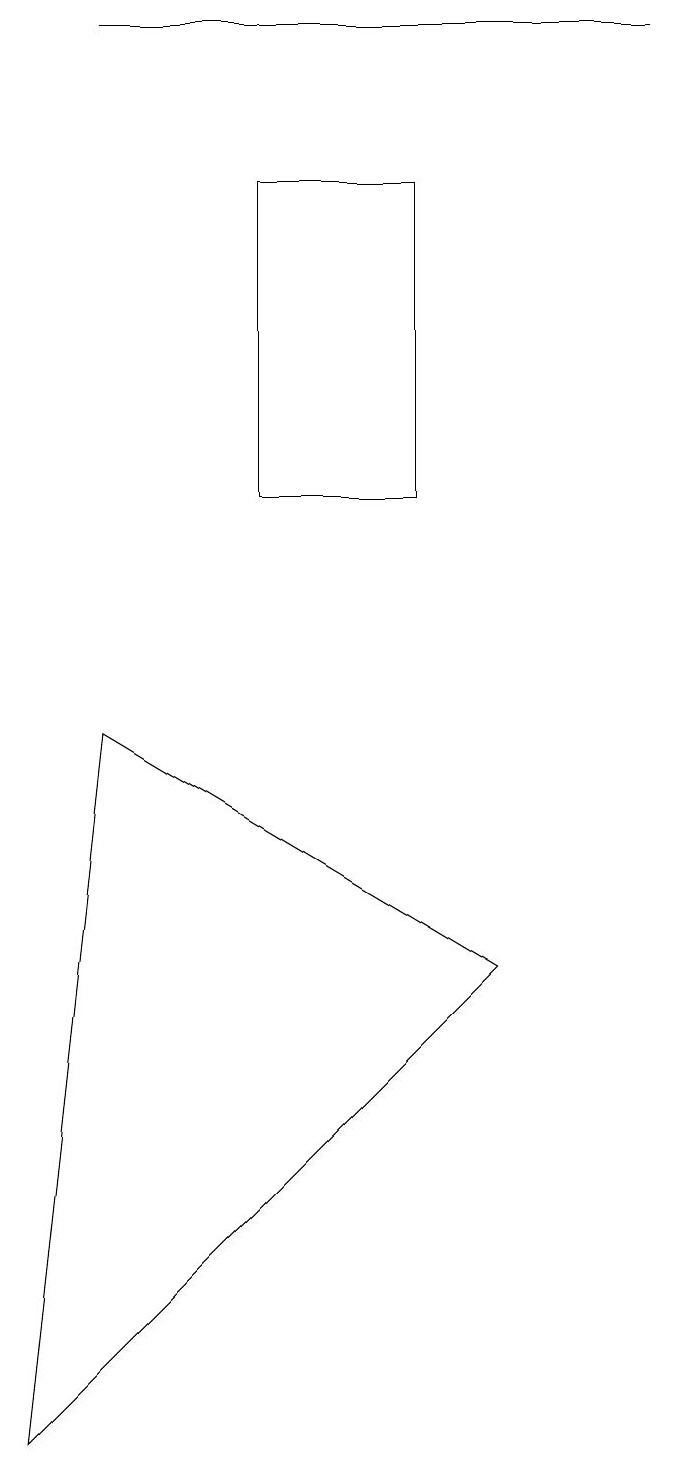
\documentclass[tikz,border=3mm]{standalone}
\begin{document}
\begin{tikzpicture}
\draw (6,6) -- (0,0) -- (1,9) -- cycle;
\draw (1,18) rectangle (8,18);
\draw (5,16) rectangle (3,12);
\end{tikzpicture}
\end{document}